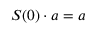
S ( 0 ) \cdot a = a